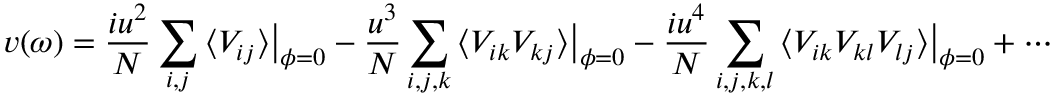
v ( \omega ) = \frac { i u ^ { 2 } } { N } \sum _ { i , j } \big \langle V _ { i j } \big \rangle \big | _ { \boldsymbol { \phi } = 0 } - \frac { u ^ { 3 } } { N } \sum _ { i , j , k } \big \langle V _ { i k } V _ { k j } \big \rangle \big | _ { \boldsymbol { \phi } = 0 } - \frac { i u ^ { 4 } } { N } \sum _ { i , j , k , l } \big \langle V _ { i k } V _ { k l } V _ { l j } \big \rangle \big | _ { \boldsymbol { \phi } = 0 } + \cdots